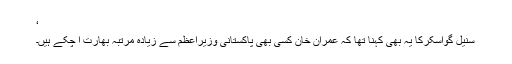
‘
سنیل گواسکرکا یہ بھی کہنا تھا کہ عمران خان کسی بھی پاکستانی وزیراعظم سے زیادہ مرتبہ بھارت آ چکے ہیں۔